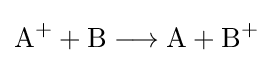
{\mathrm {A} {\vphantom {A}}^{+}{}+{}\mathrm {B} {}\mathrel {\longrightarrow } {}\mathrm {A} {}+{}\mathrm {B} {\vphantom {A}}^{+}}